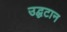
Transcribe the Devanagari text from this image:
उद्घटान